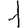
Digit: 1